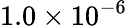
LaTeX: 1.0\times 10^{-6}